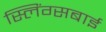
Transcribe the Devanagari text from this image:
स्लिंग्सबाई